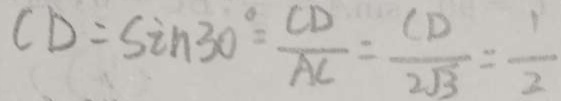
C D = \sin 3 0 ^ { \circ } = \frac { C D } { A C } = \frac { C D } { 2 \sqrt { 3 } } = \frac { 1 } { 2 }